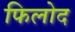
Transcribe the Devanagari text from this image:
फिलोद